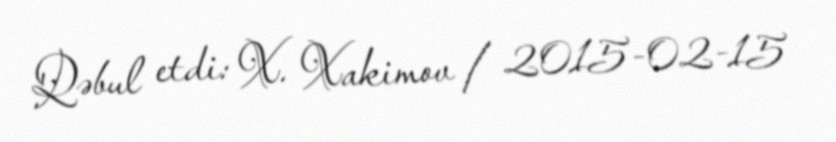
Qəbul etdi: X. Xakimov / 2015-02-15